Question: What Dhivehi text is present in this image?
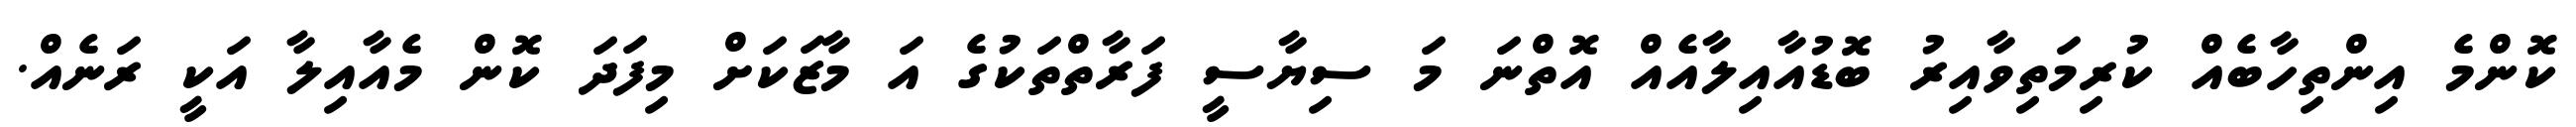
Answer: ކޮންމެ އިންތިހާބެއް ކުރިމަތިވާއިރު ބޮޑުއާއިލާއެއް އޮތްނަ މަ ސިޔާސީ ފަރާތްތަކުގެ އަ މާޒަކަށް މިފަދަ ކޮން މެއާއިލާ އަކީ ރަނެއް.